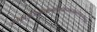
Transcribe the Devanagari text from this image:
कोकोइजिऔप्क्न्ब्ब्यिपोह्य्य्ग्य्व्ब्ब्व्त्च्व्त्र्फ्च्ग्फ्व्ग्व्ग